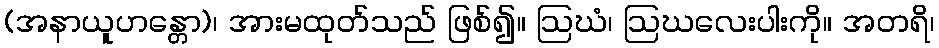
(အနာယူဟန္တော)၊ အားမထုတ်သည် ဖြစ်၍။ ဩဃံ၊ ဩဃလေးပါးကို။ အတရိ၊